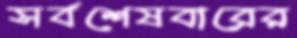
সর্বশেষবারের